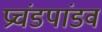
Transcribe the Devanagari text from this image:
प्रचंडपांडव